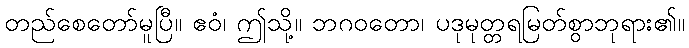
တည်စေတော်မူပြီ။ ဧဝံ၊ ဤသို့။ ဘဂဝတော၊ ပဒုမုတ္တရမြတ်စွာဘုရား၏။